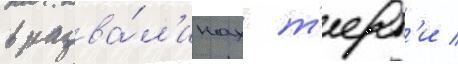
в разва́л'инах т'ерт'и /